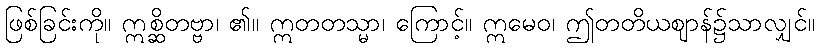
ဖြစ်ခြင်းကို။ ဣစ္ဆိတဗ္ဗာ၊ ၏။ ဣတတသ္မာ၊ ကြောင့်။ ဣမေဝ၊ ဤတတိယဈာန်၌သာလျှင်။